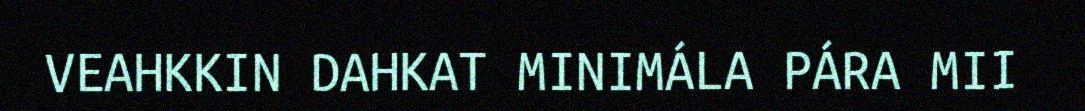
VEAHKKIN DAHKAT MINIMÁLA PÁRA MII